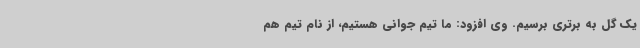
یک گل به برتری برسیم. وی افزود: ما تیم جوانی هستیم، از نام تیم هم